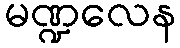
မဏ္ဍလေန